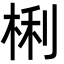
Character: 梸